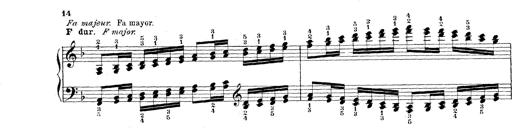
Title: Technische Studien
Composer: Franz Liszt